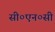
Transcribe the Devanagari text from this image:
सी०एन०सी